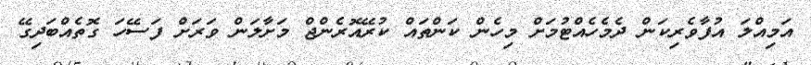
އަމިއްލަ އުފާވެރިކަން ދެމެހެއްޓުމަށް މިހެން ކަންތައް ކުރޭއޮރެންޖް މަށާލަން ވަރަށް ފަސޭހަ ގޮތެއްބަދިގޭ